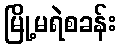
မြို့မရဲစခန်း